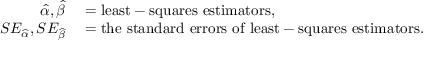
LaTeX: \begin{array} { r l } { { \widehat { \alpha } } , { \widehat { \beta } } } & { { } = { \mathrm { l e a s t - s q u a r e s ~ e s t i m a t o r s } } , } \\ { S E _ { \widehat { \alpha } } , S E _ { \widehat { \beta } } } & { { } = { \mathrm { t h e ~ s t a n d a r d ~ e r r o r s ~ o f ~ l e a s t - s q u a r e s ~ e s t i m a t o r s } } . } \end{array}